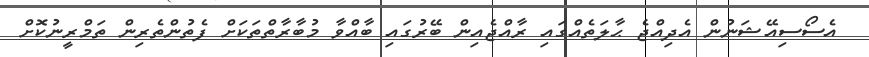
އެސޯސިއޭޝަނުން އެދިއްޖެ ޙާލަތެއްގައި ރާއްޖެއިން ބޭރުގައި ބާއްވާ މުބާރާތްތަކަށް ފެތުންތެރިން ތަމްރީނުކޮށް